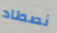
نصطاد